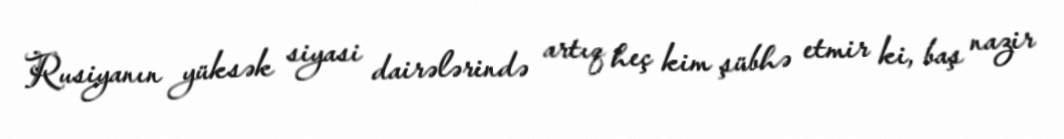
Rusiyanın yüksək siyasi dairələrində artıq heç kim şübhə etmir ki, baş nazir